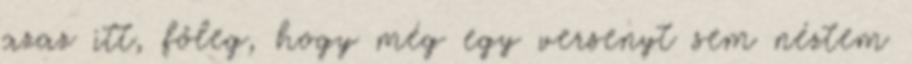
azaz itt, főleg, hogy még egy versenyt sem néztem